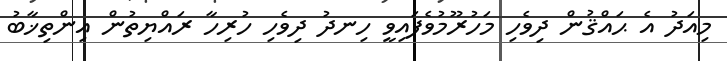
މިއަދު އެ ޙައްޤުން ދިވެހި މަހުރޫމުވެފައިވީ ހިނދު ދިވެހި ހުރިހާ ރައްޔިތުން އިންތިޚާބު